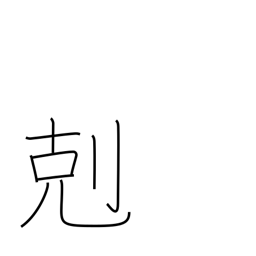
Meaning: victory